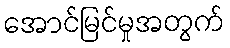
အောင်မြင်မှုအတွက်